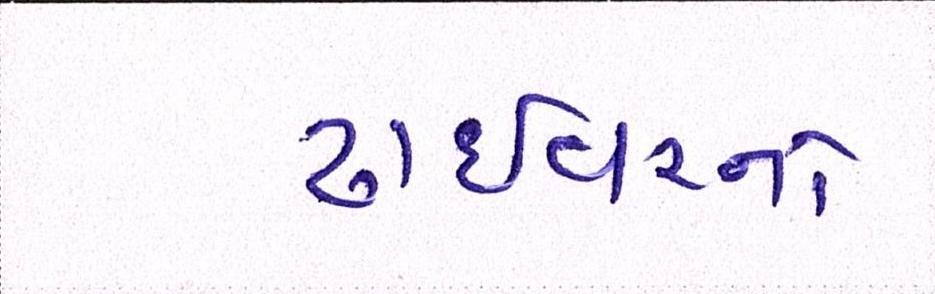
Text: ડ્રાઇવરનો